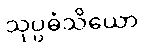
သုပ္ပဓံသိယော